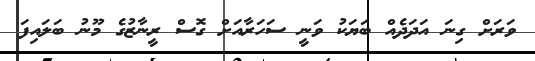
ވަރަށް ގިނަ އަދަދެއް ބަޔަކު ވަނީ ސަހަރާއަށް ގޮސް ރީނާޒުގެ މޫނު ބަލައިފަ